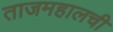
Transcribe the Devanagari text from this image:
ताजमहालची